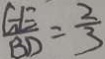
\frac { G E } { B D } = \frac { 2 } { 3 }